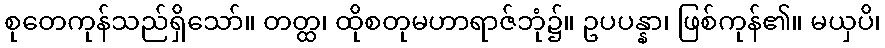
စုတေကုန်သည်ရှိသော်။ တတ္ထ၊ ထိုစတုမဟာရာဇ်ဘုံ၌။ ဥပပန္နာ၊ ဖြစ်ကုန်၏။ မယှပိ၊